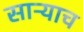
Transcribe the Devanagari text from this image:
साऱ्याच